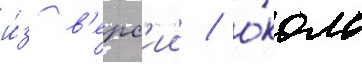
и́з в'ерс'ии / о́коло